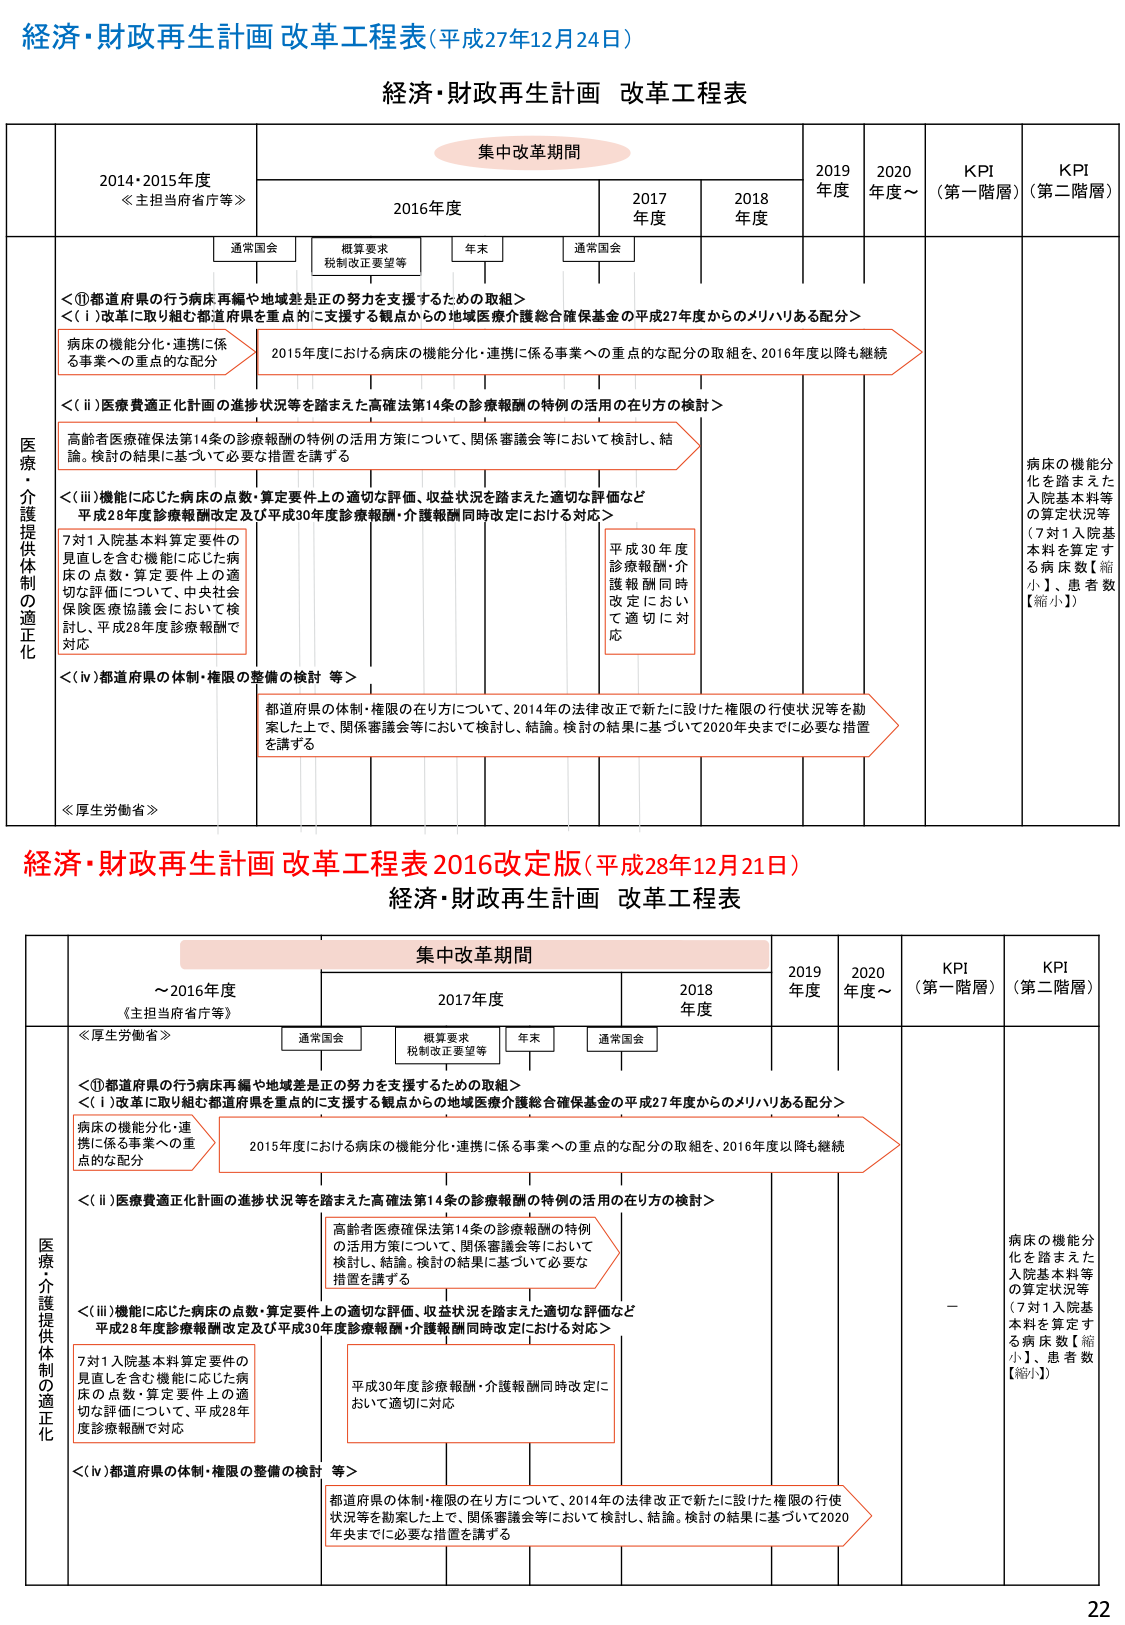
経済・財政再生計画 改革工程表（平成27年12月24日）

経済・財政再生計画 改革工程表

集中改革期間

2014・2015年度
《主担当府省庁等》

2016年度

2017年度

2018年度

2019年度

2020年度～

KPI（第一階層）

KPI（第二階層）

通常国会

概算要求
税制改正要望等

年末

通常国会

医療・介護提供体制の適正化

＜①都道府県の行う病床再編や地域差是正の努力を支援するための取組＞
＜（ⅰ）改革に取り組む都道府県を重点的に支援する観点からの地域医療介護総合確保基金の平成27年度からのメリハリある配分＞

病床の機能分化・連携に係る事業への重点的な配分

2015年度における病床の機能分化・連携に係る事業への重点的な配分の取組を、2016年度以降も継続

＜（ⅱ）医療費適正化計画の進捗状況等を踏まえた高確法第14条の診療報酬の特例の活用の在り方の検討＞

高齢者医療確保法第14条の診療報酬の特例の活用方策について、関係審議会等において検討し、結論。検討の結果に基づいて必要な措置を講ずる

＜（ⅲ）機能に応じた病床の点数・算定要件上の適切な評価、収益状況を踏まえた適切な評価など
平成28年度診療報酬改定及び平成30年度診療報酬・介護報酬同時改定における対応＞

7対1入院基本料算定要件の見直しを含む機能に応じた病床の点数・算定要件上の適切な評価について、中央社会保険医療協議会において検討し、平成28年度診療報酬で対応

平成30年度診療報酬・介護報酬同時改定において適切に対応

＜（ⅳ）都道府県の体制・権限の整備の検討 等＞

都道府県の体制・権限の在り方について、2014年の法律改正で新たに設けた権限の行使状況等を勘案した上で、関係審議会等において検討し、結論。検討の結果に基づいて2020年央までに必要な措置を講ずる

《厚生労働省》

病床の機能分化を踏まえた入院基本料等の算定状況等（7対1入院基本料を算定する病床数【縮小】、患者数【縮小】）

経済・財政再生計画 改革工程表 2016改定版（平成28年12月21日）

経済・財政再生計画 改革工程表

集中改革期間

～2016年度
《主担当府省庁等》

2017年度

2018年度

2019年度

2020年度～

KPI（第一階層）

KPI（第二階層）

通常国会

概算要求
税制改正要望等

年末

通常国会

医療・介護提供体制の適正化

《厚生労働省》

＜①都道府県の行う病床再編や地域差是正の努力を支援するための取組＞
＜（ⅰ）改革に取り組む都道府県を重点的に支援する観点からの地域医療介護総合確保基金の平成27年度からのメリハリある配分＞

病床の機能分化・連携に係る事業への重点的な配分

2015年度における病床の機能分化・連携に係る事業への重点的な配分の取組を、2016年度以降も継続

＜（ⅱ）医療費適正化計画の進捗状況等を踏まえた高確法第14条の診療報酬の特例の活用の在り方の検討＞

高齢者医療確保法第14条の診療報酬の特例の活用方策について、関係審議会等において検討し、結論。検討の結果に基づいて必要な措置を講ずる

＜（ⅲ）機能に応じた病床の点数・算定要件上の適切な評価、収益状況を踏まえた適切な評価など
平成28年度診療報酬改定及び平成30年度診療報酬・介護報酬同時改定における対応＞

7対1入院基本料算定要件の見直しを含む機能に応じた病床の点数・算定要件上の適切な評価について、平成28年度診療報酬で対応

平成30年度診療報酬・介護報酬同時改定において適切に対応

＜（ⅳ）都道府県の体制・権限の整備の検討 等＞

都道府県の体制・権限の在り方について、2014年の法律改正で新たに設けた権限の行使状況等を勘案した上で、関係審議会等において検討し、結論。検討の結果に基づいて2020年央までに必要な措置を講ずる

－

病床の機能分化を踏まえた入院基本料等の算定状況等（7対1入院基本料を算定する病床数【縮小】、患者数【縮小】）

22